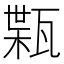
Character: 𤭴